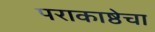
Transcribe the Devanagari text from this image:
पराकाष्ठेचा